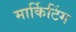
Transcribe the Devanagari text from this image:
मार्किटिंग